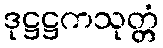
ဒုဋ္ဌဋ္ဌကသုတ္တံ